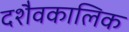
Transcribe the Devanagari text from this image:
दशैवकालिक